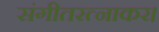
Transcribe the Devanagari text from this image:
संगीतरत्नाकर।